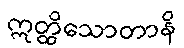
ဣတ္ထိသောတာနိ